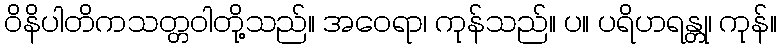
ဝိနိပါတိကသတ္တဝါတို့သည်။ အဝေရာ၊ ကုန်သည်။ ပ။ ပရိဟရန္တု၊ ကုန်။